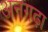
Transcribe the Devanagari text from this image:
अनगढ़ा